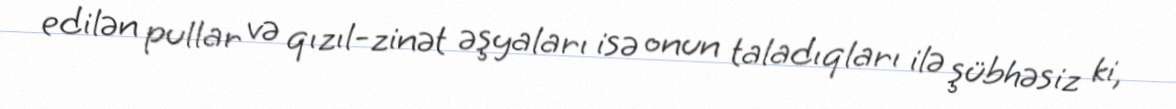
edilən pullar və qızıl-zinət əşyaları isə onun taladıqları ilə şübhəsiz ki,